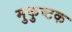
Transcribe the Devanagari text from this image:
मुकुष्टक